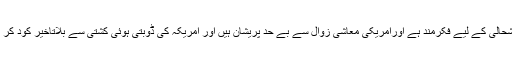
یہ پارٹی اپنی عوام کی خوشحالی کے لیے فکرمند ہے اورامریکی معاشی زوال سے بے حد پریشان ہیں اور امریکہ کی ڈوبتی ہوئی کشتی سے بلاتاخیر کود کر اپنی جان بچانا چاہتے ہیں ۔